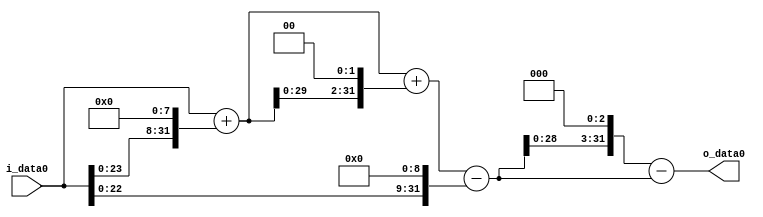
module multiplier_block (
    i_data0,
    o_data0
);

  // Port mode declarations:
  input   [31:0] i_data0;
  output  [31:0]
    o_data0;

  //Multipliers:

  wire [31:0]
    w1,
    w256,
    w257,
    w1028,
    w1285,
    w512,
    w773,
    w6184,
    w5411;

  assign w1 = i_data0;
  assign w1028 = w257 << 2;
  assign w1285 = w257 + w1028;
  assign w256 = w1 << 8;
  assign w257 = w1 + w256;
  assign w512 = w1 << 9;
  assign w5411 = w6184 - w773;
  assign w6184 = w773 << 3;
  assign w773 = w1285 - w512;

  assign o_data0 = w5411;

  //multiplier_block area estimate = 6802.48797345294;
endmodule